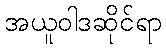
အယူဝါဒဆိုင်ရာ